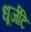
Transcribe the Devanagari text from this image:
धूर्जटि